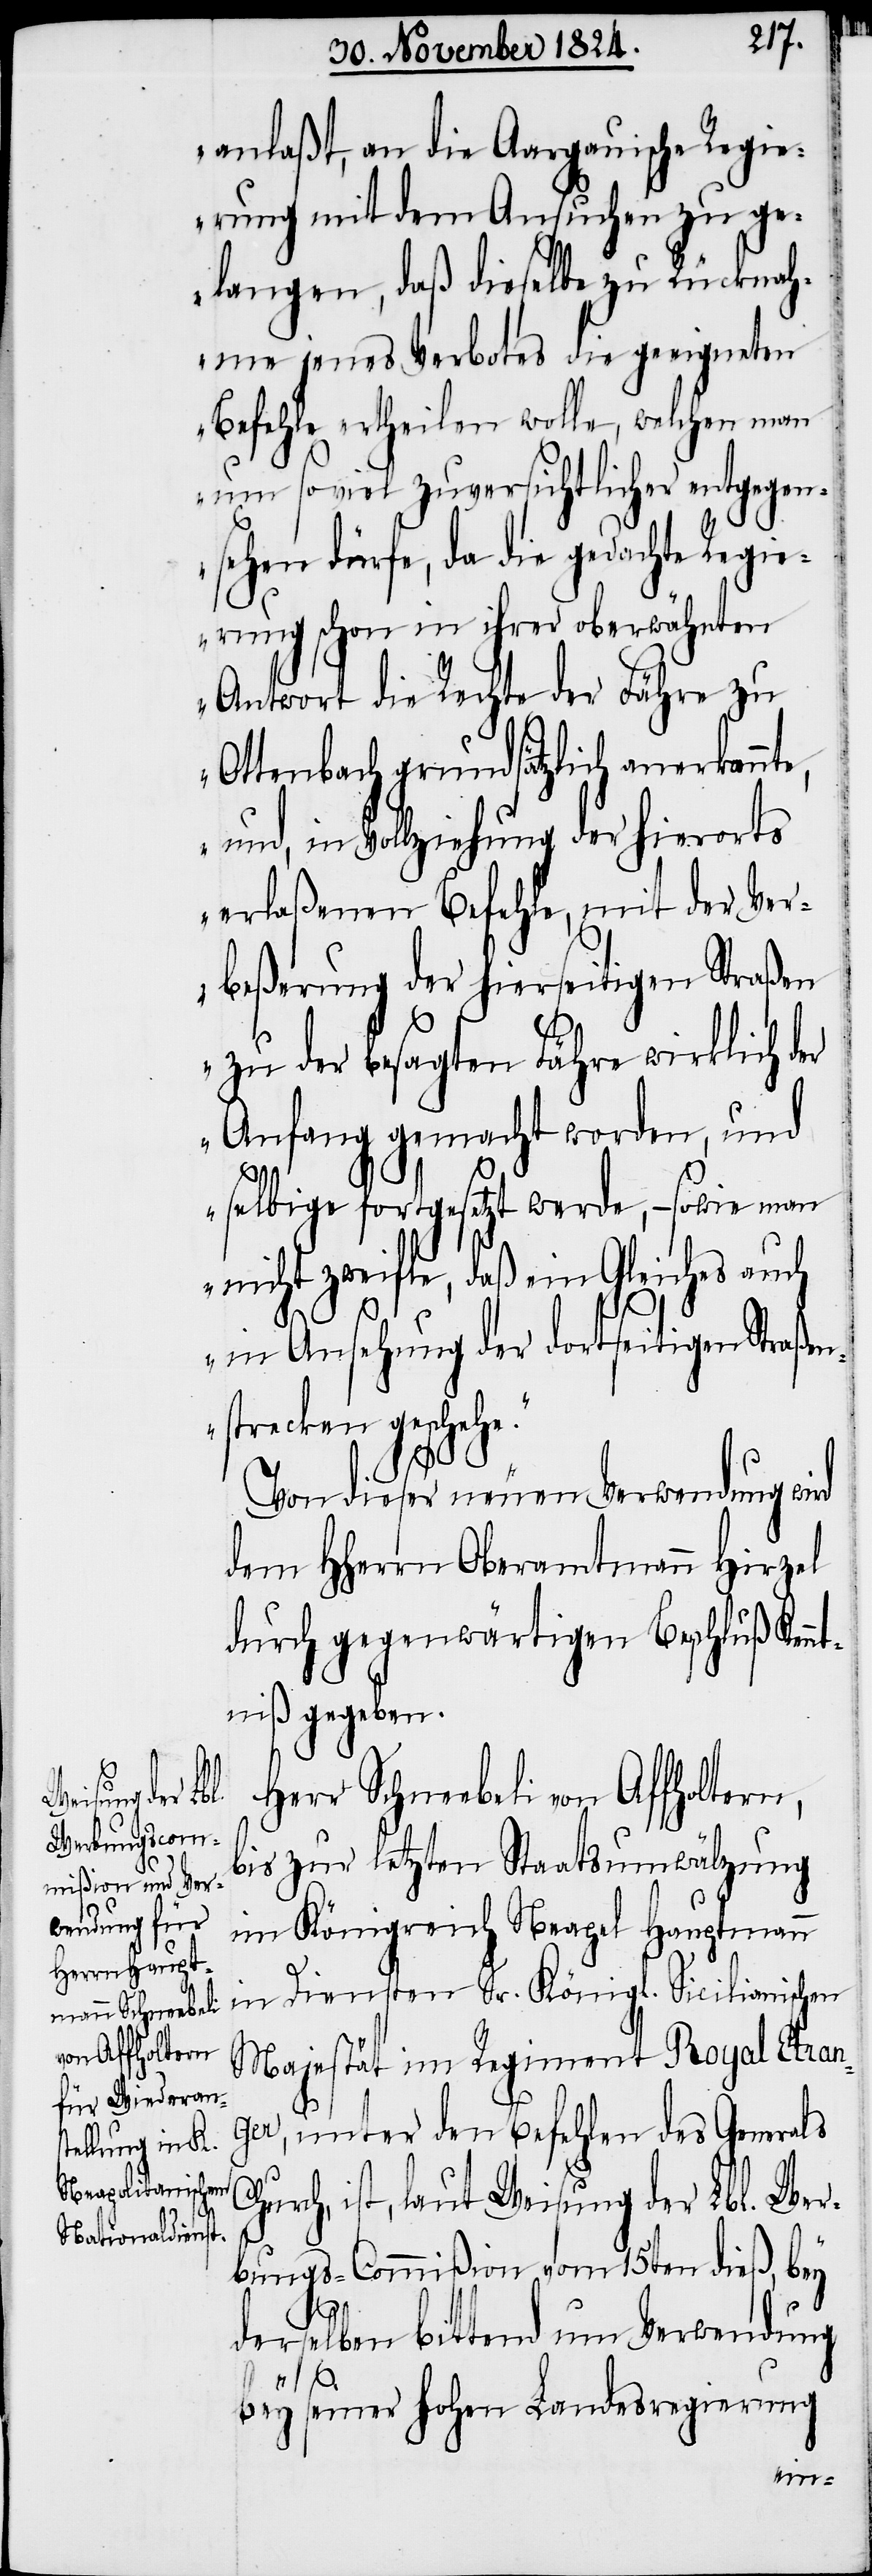
anlaßt, an die Aargauische Regie¬
rung mit dem Ansuchen zu g¬
elangen, daß dieselbe zu Rücknah¬
me jenes Verbotes die geeigneten
Befehle ertheilen wolle, welchen man
um so viel zuversichtlicher entgegen¬
sehen dürfe, da die gedachte Regie¬
rung schon in ihrer oberwähnten
Antwort die Rechte der Fähre zu
Ottenbach grundsätzlich anerkannte,
und, in Vollziehung der hierorts
erlaßenen Befehle, mit der Ver¬
beßerung der hierseitigen Straßen
zu der besagten Fähre wirklich der
Anfang gemacht worden, und
e.“
selbige fortgesetzt werde, – sowie man
nicht zweifle, daß ein Gleiches auch
in Ansehung der dortseitigen Straßen¬
strecken gescheh¬
Von dieser neuen Verwendung wird
dem HHerrn Oberamtmann Hirzel
durch gegenwärtigen Beschluß Kenn¬
tniß gegeben.
Herr Schneebeli von Affholtern,
bis zur letzten Staatsumwälzung
im Königreich Neapel Hauptmann
in Diensten Sr. Königlich Sicilianischen
Majestät im Regiment Royal Etran¬
ger, unter den Befehlen des Generals
ist, laut Weisung der Lbl. Wer¬
bungs-Commißion vom 15ten dieß, bey
derselben bittend um Verwendung
bey seiner hohen Landesregierung